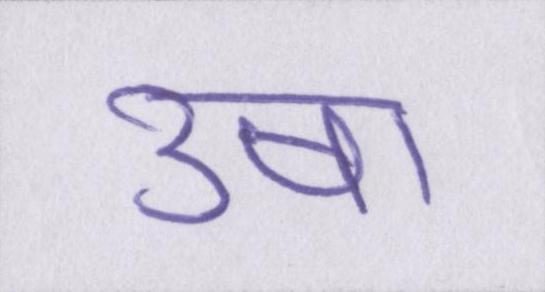
उषा